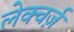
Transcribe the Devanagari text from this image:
लेक्चर्ज़